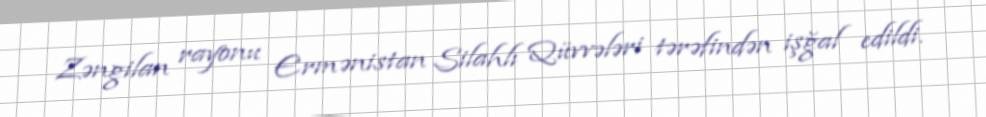
Zəngilan rayonu Ermənistan Silahlı Qüvvələri tərəfindən işğal edildi.